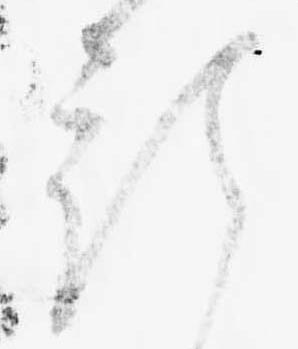
預